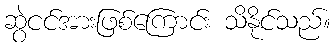
ဆွဲငင်အားဖြစ်ကြောင်း သိနိုင်သည်။